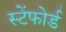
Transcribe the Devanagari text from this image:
स्टेंफोर्ड